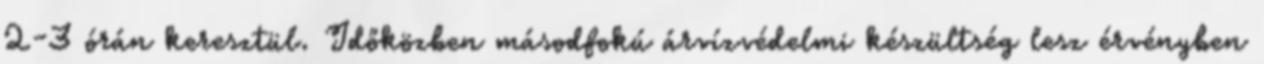
2-3 órán keresztül. Időközben másodfokú árvízvédelmi készültség lesz érvényben